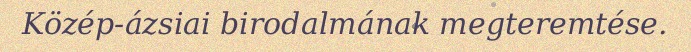
Közép-ázsiai birodalmának megteremtése.